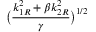
\displaystyle { \big ( \frac { k _ { 1 R } ^ { 2 } + \beta k _ { 2 R } ^ { 2 } } { \gamma } \big ) ^ { 1 / 2 } }